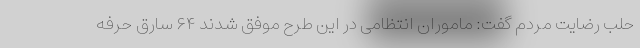
حلب رضایت مردم گفت: ماموران انتظامی در این طرح موفق شدند ۶۴ سارق حرفه